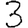
Digit: 3